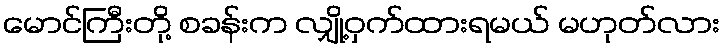
မောင်ကြီးတို့ စခန်းက လျှို့ဝှက်ထားရမယ် မဟုတ်လား